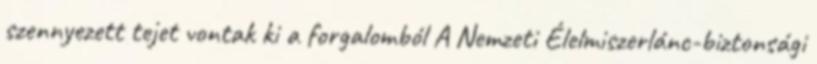
szennyezett tejet vontak ki a forgalomból A Nemzeti Élelmiszerlánc-biztonsági